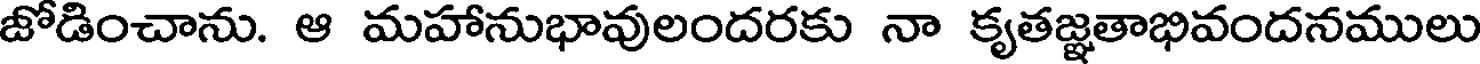
జోడించాను. ఆ మహానుభావులందరకు నా కృతజ్ఞతాభివందనములు